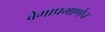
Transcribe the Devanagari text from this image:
वेगाप्रमाणेच